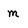
Character: m